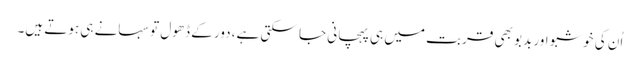
اُن کی خوشبو اور بدبو بھی قربت میں ہی پہچانی جا سکتی ہے، دور کے ڈھول تو سہانے ہی ہوتے ہیں۔